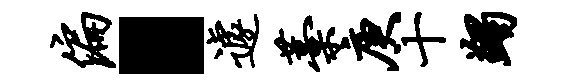
偏·遽藁庚十蠲